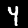
Digit: 4